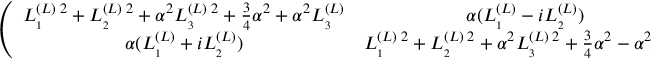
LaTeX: \left( \begin{array} { c c } { { L _ { _ { 1 } } ^ { ( L ) \; 2 } + L _ { _ { 2 } } ^ { ( L ) \; 2 } + \alpha ^ { 2 } L _ { _ { 3 } } ^ { ( L ) \; 2 } + \frac { 3 } { 4 } \alpha ^ { 2 } + \alpha ^ { 2 } L _ { _ { 3 } } ^ { ( L ) } } } & { { \alpha ( L _ { _ { 1 } } ^ { ( L ) } - i L _ { _ { 2 } } ^ { ( L ) } ) } } \\ { { \alpha ( L _ { _ { 1 } } ^ { ( L ) } + i L _ { _ { 2 } } ^ { ( L ) } ) } } & { { L _ { _ { 1 } } ^ { ( L ) \; 2 } + L _ { _ { 2 } } ^ { ( L ) \; 2 } + \alpha ^ { 2 } L _ { _ { 3 } } ^ { ( L ) \; 2 } + \frac { 3 } { 4 } \alpha ^ { 2 } - \alpha ^ { 2 } L _ { _ { 3 } } ^ { ( L ) } } } \end{array} \right) ,